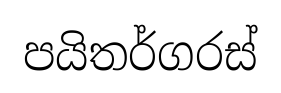
පයිතර්ගරස්